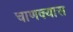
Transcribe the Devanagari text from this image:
चाणक्यास